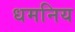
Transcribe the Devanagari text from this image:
धमनिय